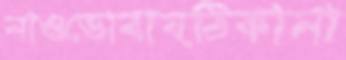
নাওডোবায়ঠিকানা